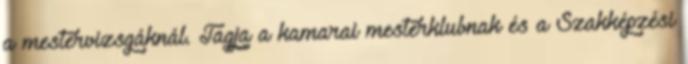
a mestervizsgáknál. Tagja a kamarai mesterklubnak és a Szakképzési